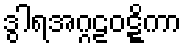
ဒွါရအဂ္ဂဠဝဋ္ဋိကာ